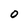
Character: 0